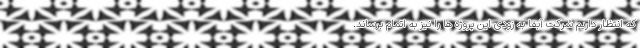
که انتظار داریم شرکت آبفا به زودی این پروژه ها را نیز به اتمام برساند.